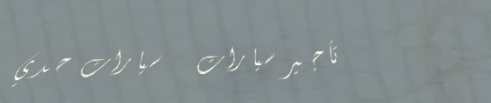
تأجير سيارات   سيارات حدي